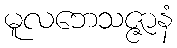
မူလဘေသဇ္ဇာနံ